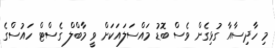
މި ހާދިސާއާ ގުޅިގެން ވެސް ބޮޑު މައްސަލައަކަށް ވީ މާބްލް ގެސްޓް ހައުސްގެ